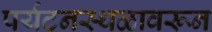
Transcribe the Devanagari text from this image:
पर्यटनस्थळावरून